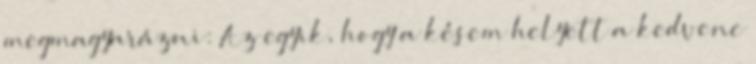
megmagyarázni: Az egyik, hogy a késem helyett a kedvenc